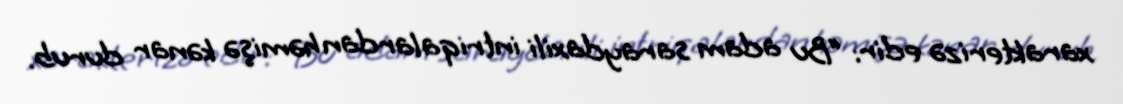
xarakterizə edir: “Bu adam saraydaxili intriqalardan həmişə kənar durub.